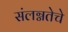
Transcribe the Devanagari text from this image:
संलग्नतेचे